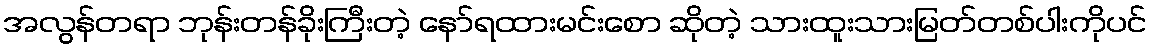
အလွန်တရာ ဘုန်းတန်ခိုးကြီးတဲ့ နော်ရထားမင်းစော ဆိုတဲ့ သားထူးသားမြတ်တစ်ပါးကိုပင်